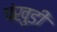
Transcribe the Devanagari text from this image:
पंखुडी